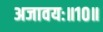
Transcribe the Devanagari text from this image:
अजावयः॥१०॥